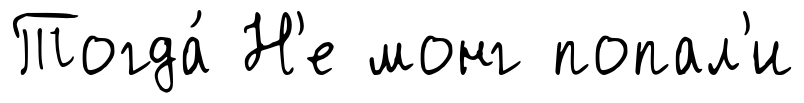
Тогда́ Н'е монг попал'и